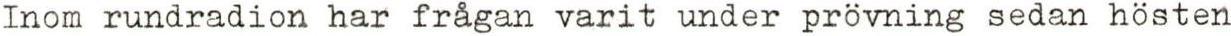
Inom rundradion har frågan varit under prövning sedan hösten